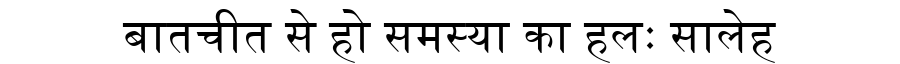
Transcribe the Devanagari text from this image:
बातचीत से हो समस्या का हलः सालेह